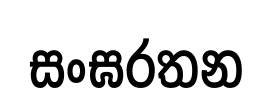
සංඝරතන